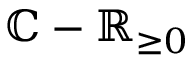
\mathbb { C } - \mathbb { R } _ { \geq 0 }